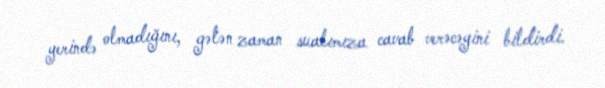
yerində olmadığını, gələn zaman sualımıza cavab verəcəyini bildirdi.